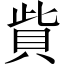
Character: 貲